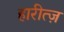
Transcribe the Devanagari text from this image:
हारीत्ज़